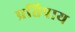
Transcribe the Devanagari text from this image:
प्रतिपाय